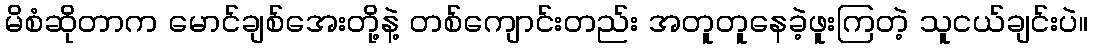
မိစံဆိုတာက မောင်ချစ်အေးတို့နဲ့ တစ်ကျောင်းတည်း အတူတူနေခဲ့ဖူးကြတဲ့ သူငယ်ချင်းပဲ။